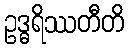
ဥဒ္ဓရိဿတီတိ